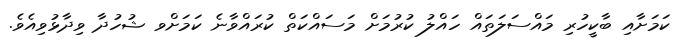
ކަމަށާއި ބާކީހުރި މައްސަލަތައްް ހައްލު ކުރުމަށް މަސައްކަތް ކުރައްވާނެ ކަމަށްވ ޝުހުދާ ވިދާޅުވިއެވެ.